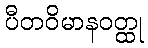
ပီတဝိမာနဝတ္ထု